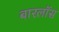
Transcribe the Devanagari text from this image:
बारलॉस